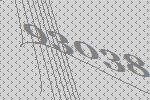
93038